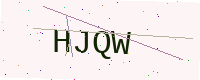
Text: HJQW